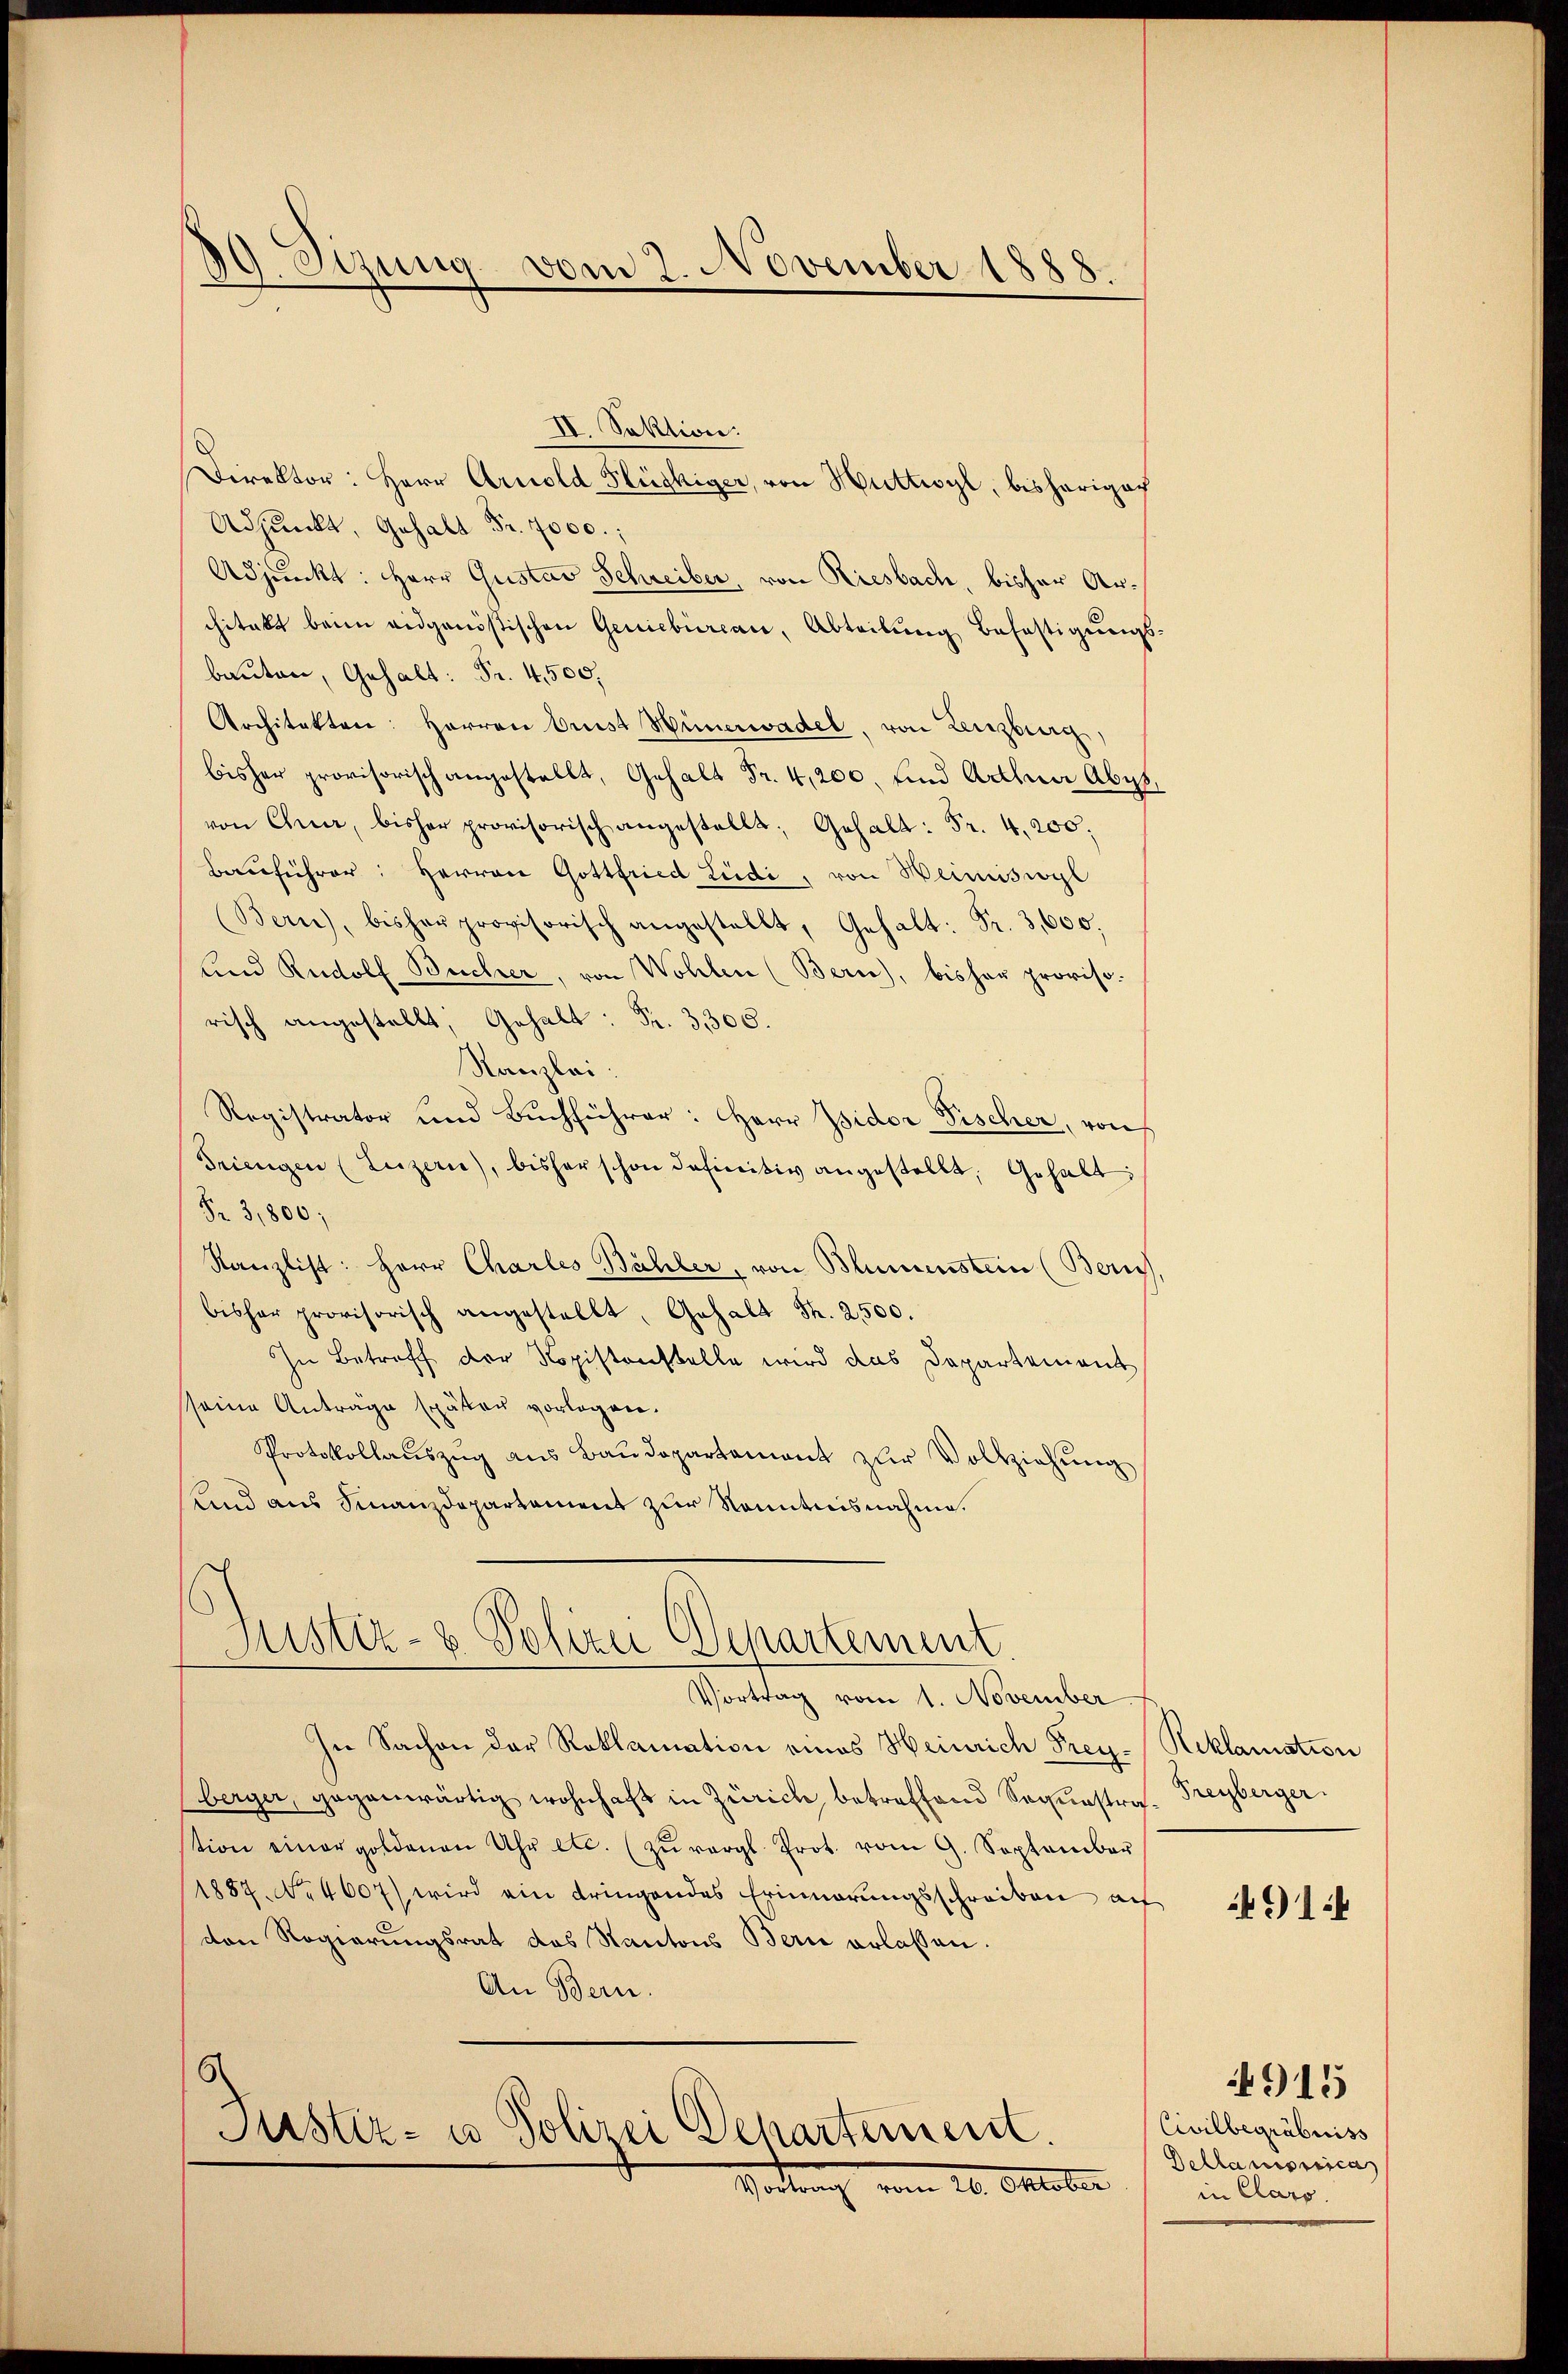
19. Sezung vom 2. November 1888.

II. Sektion.
Direktor: Herr Arnold Flückiger, von Huttwyl, bisherigach
Adjunkt, Gehalt Fr. 7000.;
Adjunkt: Herr Gustav Schreiber, von Riesbach, bisher Architekt beim eidgenößischen Geniebureau, Abteilung befestigungs-
bauten, Gehalt: Fr. 4500.
Architekten: Herren Arist Hünerwadel, von Lenzburg,
bisher provisorisch angestellt, Gehalt Fr. 4,200, und Adler Abgevon Chia, bisher provisorisch angestellt; Gehalt: Fr. 4,200;
Bauführer: Herren Gottfried Lüdi, von Weimiswyl
(Bern, bishauprovisorisch angestellt, Gehalt: Fr. 3,600.
und Rudolf Bucher, von Wohlen (Bern, bisher proviso
risch angestellt, Gehalt: Fr. 3,300.
Kanzlei.
Registrator und Buchführer: Herr Isidor Fischer, von
Triengen (Luzern, bisher schon definitiv angestellt, Gehalt:
Fr. 3,800;
Kanzlist: Herr Charles Bähler, von Blumenstein (Zürich,
bisher provisorisch angestellt, Gehalt Fr. 2500.
In Betreff der Kopistenstelle wird das Departement
seine Anträge später vorlagen.
Protokollaŭszŭg aŭs Baŭdepartement zŭr Vollziehŭng
und aus Finanzdepartement zur Kenntnisnahme.

Justiz- & Polizei Departement

Vortrag vom 1. November
In Sachen der Reklamation eines Heinrich Frey-Reklamation
(berger, gegenwärtig wohnhaft in Zürich, betreffend Sequestra. Freyberger
tion einer goldenen Uhr etc. zŭ vergl. Prot. vom 9. September
1887 No 4607) wird ein dringendes Erinnerungsschreiben auf
den Regierungsrat das Kantons Bern erlassen.
An Bern.
Justiz- u Polizei Departement.
Vorbenach vom 20. Oktober

491

Civilbegräbniss
Dellantica
in Class

915